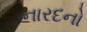
નારદનો